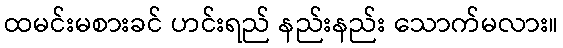
ထမင်းမစားခင် ဟင်းရည် နည်းနည်း သောက်မလား။